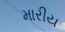
મારીય